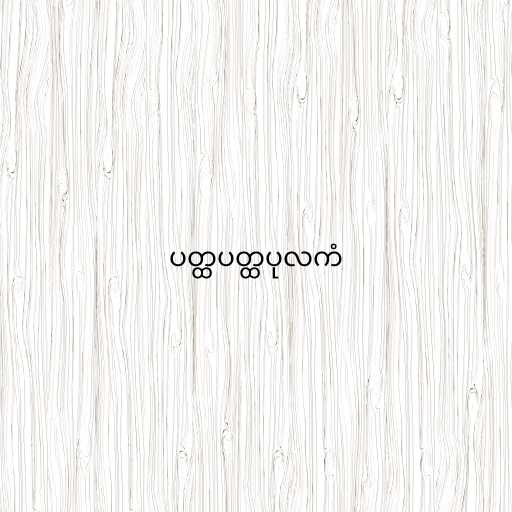
ပတ္ထပတ္ထပုလကံ